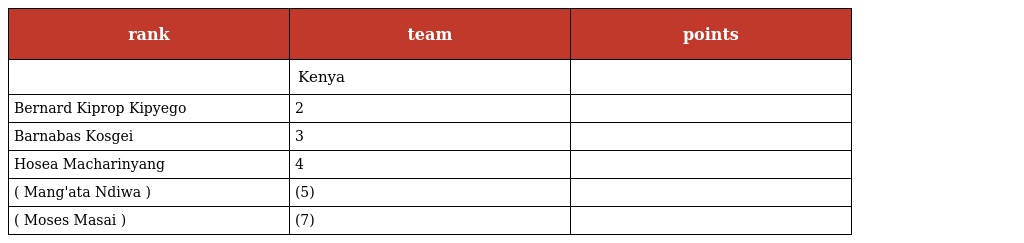
| rank | team | points |
 | --- | --- | --- |
 |  | Kenya |  |
 | Bernard Kiprop Kipyego | 2 |  |
 | Barnabas Kosgei | 3 |  |
 | Hosea Macharinyang | 4 |  |
 | ( Mang'ata Ndiwa ) | (5) |  |
 | ( Moses Masai ) | (7) |  |